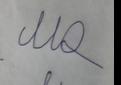
Signature authenticity: forged